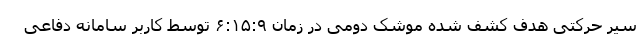
سیر حرکتی هدف کشف شده موشک دومی در زمان ۶:۱۵:۹ توسط کاربر سامانه دفاعی